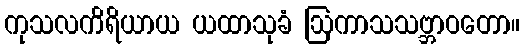
ကုသလကိရိယာယ ယထာသုခံ ဩကာသသဗ္ဘာဝတော။